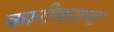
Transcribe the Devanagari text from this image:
कारीकाला